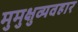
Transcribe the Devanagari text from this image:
मुमुक्षुव्यवहार